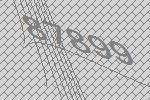
87899